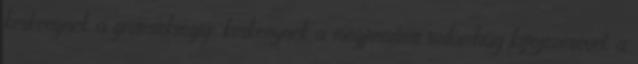
keskenynek a groteszkségig: keskenynek a megfeszített szilárdság kifejezésével, a